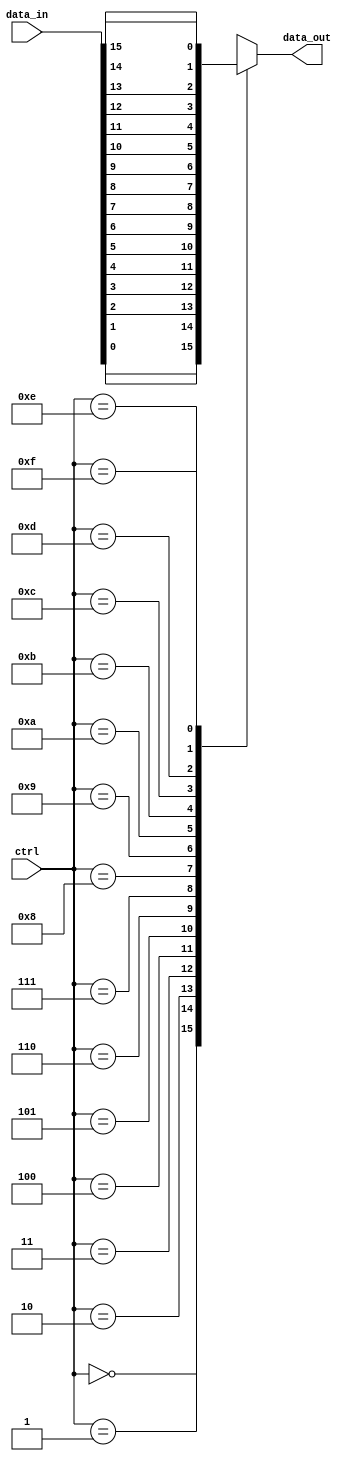
module mux_16_1 (
    input [15:0] data_in,
    input [3:0] ctrl,
    output reg data_out
    );

always @(*) begin
    case(ctrl)
        4'b0000: data_out = data_in[0];
        4'b0001: data_out = data_in[1];
        4'b0010: data_out = data_in[2];
        4'b0011: data_out = data_in[3];
        4'b0100: data_out = data_in[4];
        4'b0101: data_out = data_in[5];
        4'b0110: data_out = data_in[6];
        4'b0111: data_out = data_in[7];
        4'b1000: data_out = data_in[8];
        4'b1001: data_out = data_in[9];
        4'b1010: data_out = data_in[10];
        4'b1011: data_out = data_in[11];
        4'b1100: data_out = data_in[12];
        4'b1101: data_out = data_in[13];
        4'b1110: data_out = data_in[14];
        4'b1111: data_out = data_in[15];
        default: data_out = 1'b0; // default output when control signals are invalid
    endcase
end

endmodule